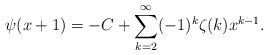
\begin{align*}\psi(x+1)=-C+\sum_{k=2}^{\infty}(-1)^{k}\zeta(k)x^{k-1}.\end{align*}